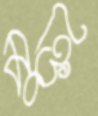
মুক্তি